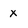
Character: x